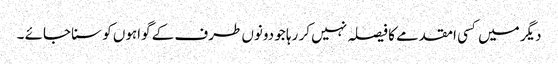
دیگر میں کسی امقدمے کا فیصلہ نہیں کر رہا جو دونوں طرف کے گواہوں کو سنا جائے ۔